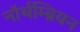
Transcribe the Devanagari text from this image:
नॉर्थम्ब्रियन